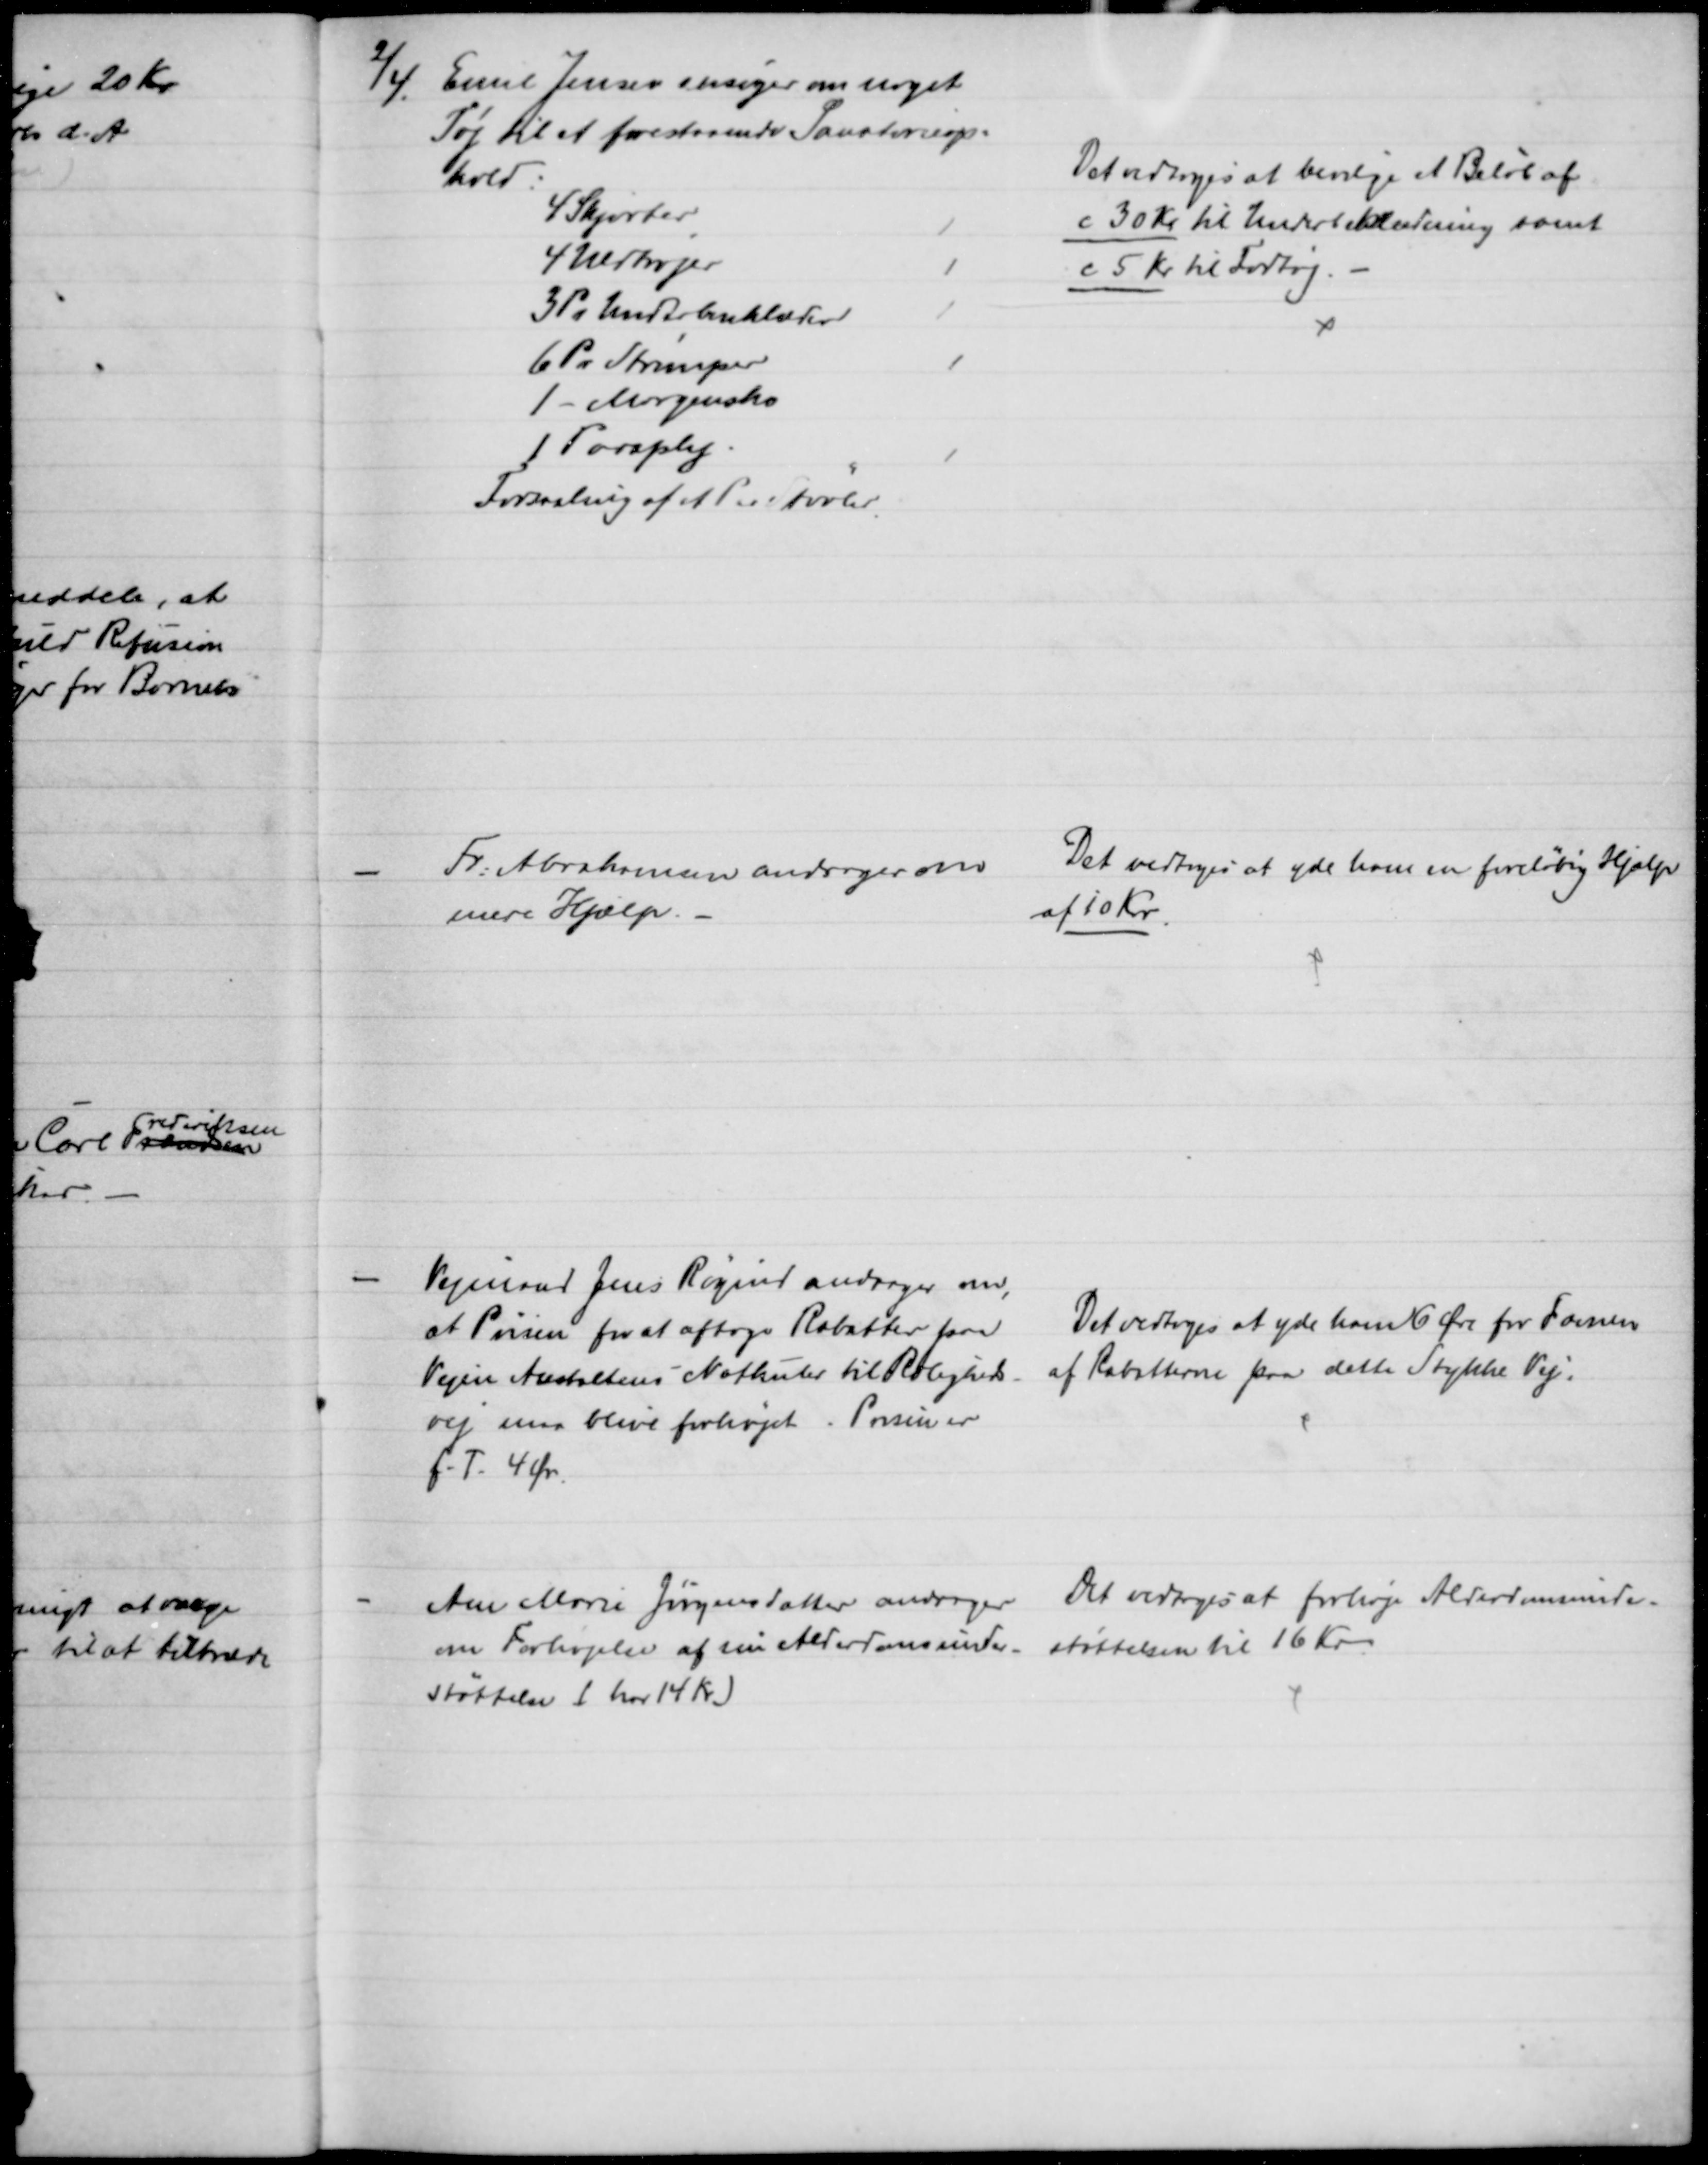
Transskription:
2/4
Emil Jensen ansøger om noget
Tøj til et forestaaende Sanatorieop-
hold:
4 Skjorter
4 Uldtrøjer
3 Pr Underbenklæder
6 Pr Strømper
1 - Morgensko
1 Paraply
Forsaaling af et Par Støvler.
Det vedtoges at bevilge et Beløb af
c 30 Kr til Underbeklædning samt
c 5 Kr. til Fodtøj.
Fr. Abrahamsen andrager om 
mere Hjælp.
Det vedtoges at yde ham en foreløbig Hjælp
af 10 Kr.
Vejmand Jens Røgind andrager om,
at Prisen for at aftage Rabatter paa
Vejen Anstaltens Nathuler til Roligheds-
vej maa blive forhøjet. Prisen er
f.T. 4 Øre.
Det vedtoges at yde ham 6 Øre pr Favnen
af Rabatterne paa dette Stykke Vej.
Ane Marie Jørgensdatter andrager
om Forhøjelse af sin Alderdomsunder-
Støttelse (har 14 Kr.)
Det vedtoges at forhøje Alderdomsunder-
støttelsen til 16 Kr.